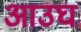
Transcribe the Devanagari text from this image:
आउघ